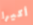
أكيرا